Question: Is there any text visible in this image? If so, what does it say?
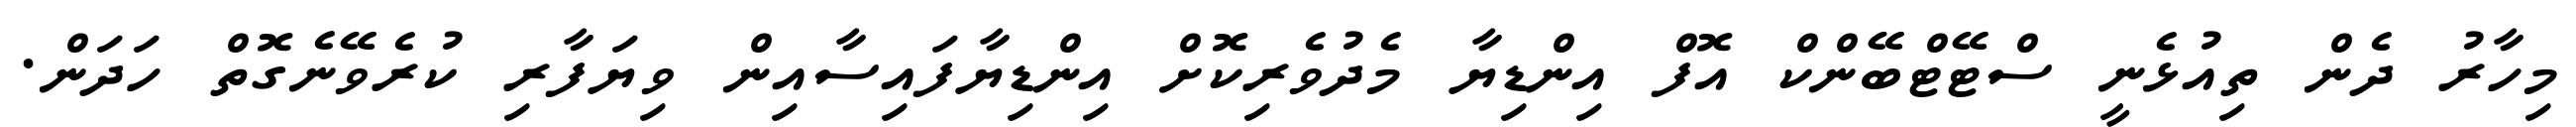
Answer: މިހާރު ދެން ތިއުޅެނީ ސްޓޭޓްބޭންކް އޮފް އިންޑިޔާ މެދުވެރިކޮށް އިންޑިޔާފައިސާއިން ވިޔަފާރި ކުރެވޭނެގޮތް ހަދަން.